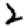
Digit: 2